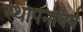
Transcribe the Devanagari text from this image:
स्थापनावर्ष